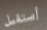
أستقيل